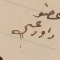
عضو داود عسى